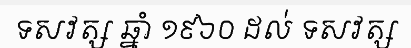
ទសវត្ស ឆ្នាំ ១៩៦០ ដល់ ទសវត្ស